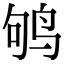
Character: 鸲